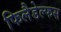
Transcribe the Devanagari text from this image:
फिलैडेल्फस